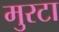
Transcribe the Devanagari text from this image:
मुरटा